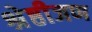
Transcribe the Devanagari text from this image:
श्रेष्ठीजण